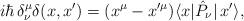
LaTeX: \begin{align*}i\hbar\,\delta^\mu_\nu\delta(x,x')=(x^\mu-x'^\mu)\langle x|\hat{P}_\nu|\,x'\rangle,\end{align*}